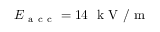
E _ { \mathrm { ~ a ~ c ~ c ~ } } = 1 4 \ \mathrm { ~ k ~ V ~ } / \mathrm { ~ m ~ }